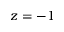
z = - 1